Report on horse surra - Volume I
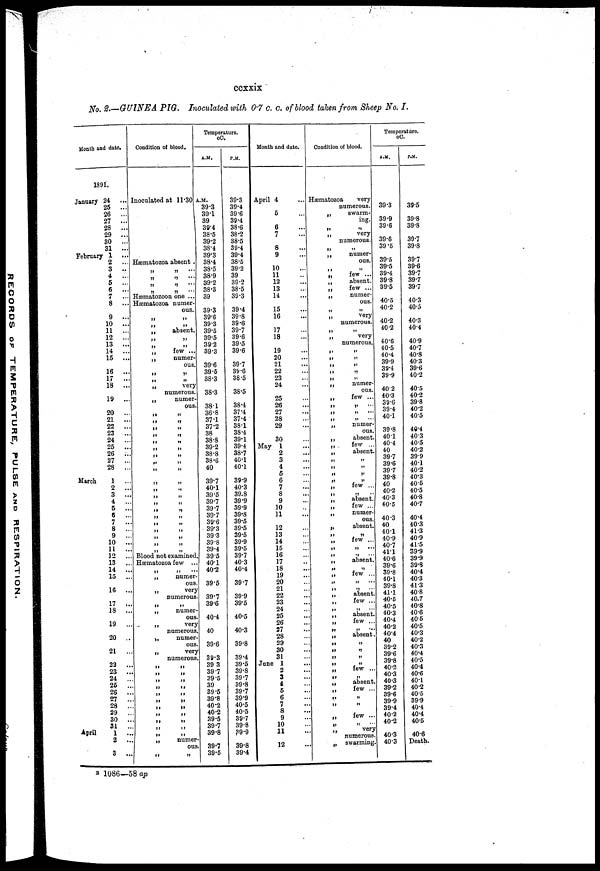
ccxxix
No. 2.—GUINEA PIG. Inoculated with 0.7 c. c. of blood taken from Sheep No. I.
Month and date.
1891.
January 24
25 ...
26
...
27 ...
28
...
29 ...
30
...
31 ...
February 1
2
...
3
..
4
...
5
...
6
...
7
...
8
...
9
...
10 ...
11 ...
12
...
13 ...
14 ...
15 ...
16 ...
17
...
18 ...
19 ...
20
...
21
...
22 ...
23 ...
24
...
25
...
26
...
27 ...
28
...
March
1
2
...
3
...
4
...
5
...
6
...
7
...
8
...
9
...
10 ...
11 ...
12
...
13 ...
14 ...
15
...
16 ...
17 ...
18 ...
19
...
20 ..
21
...
22
...
23 ...
24
...
25
...
26 ...
27
...
28
...
29
..
30
...
31 ...
April
1 ...
2
...
3
...
Condition of blood.
Inoculated at 11.30
Hæmatozoa absent .
„ „ ...
„ „ ...
„ „ ...
„ „ ...
Hæmatozoon one ...
Hæmatozoa numer-
ous.
„ „ ...
„ „ ...
„
absent.
„ „ ...
„ „ ...
„
few ...
„
numer-
ous.
„ „ ...
„ „ ...
„
very
numerous.
„
numer-
ous.
„ „
„ „
„ „
„ „
„ „
„ „
„ „
„ „
„ „
„ „
„ „
„ „
„ „
„ „
„ „
„ „
„ „
„ „
„ „
„ „
„ „
Blood not examined.
Hæmatozoa few ...
„ „ ...
„
numer-
ous.
„
very
numerous.
„ „
„
numer-
ous.
„
very
numerous.
„
numer-
ous.
„
very
numerous.
„ „
„ „
„ „
„ „
„ „
„ „
„ „
„ „
„ „
„ „
„
numer-
ous.
„ „
Temperature.
°C.
A.M.
A.M.
39.3
39.1
39
39.4
38.5
39.2
38.4
39.3
38.4
38.5
38.9
39.2
38.3
39
39.3
39.6
39.3
39.5
39.5
39.2
39.3
39.6
39.5
38.3
38.3
38.1
36.8
37.1
37.2
38
38.8
39.2
38.8
38.6
40
39.7
40.1
39.5
39.7
39.7
39.7
39.6
39.3
39.3
39.8
39.4
39.5
40.1
40.2
39.5
39.7
39.6
40.4
40
39.6
39.3
39 3
39.7
39.5
39
39.5
39.8
40.2
40.2
39.5
39.7
39.8
39.7
39.5
P.M.
39.3
39.4
39.6
39.4
38.6
38.2
38.5
39.4
39.4
38.5
39.2
39
39.2
38.5
39.3
39.4
39.8
39.6
39.7
39.6
39.5
39.6
39.7
39.6
38.5
38.5
38.4
37.4
37.4
38.1
38.4
39.1
39.4
38.7
40.1
40.1
39.9
40.3
39.8
39.9
39.9
39.8
39.5
39.5
39.5
39.9
39.5
39.7
40.3
40.4
39.7
39.9
39.5
40.5
40.3
39.8
39.4
39.5
39.8
39.7
39.8
39.7
39.9
40.5
40.5
39.7
39.8
39.9
39.8
39.4
Month and date.
April 4
5
6
7
8
9
10
11
12
13
14
15
16
17
18
19
20
21
22
23
24
25
26
27
28
29
30
May 1
2
3
4
5
6
7
8
9
10
11
12
13
14
15
16
17
18
19
20
21
22
23
24
25
26
27
28
29
30
31
June 1
2
3
4
5
6
7
8
9
10
11
12
Condition of blood.
Hæmatozoa
very
„
„
„
„
„
„
„
„
„
„
„
„
„
„
„
„
„
„
„
„
„
„
„
„
„
„
„
„
„
„
„
„
„
„
„
„
„
„
„
„
„
„
„
„
„
„
„
„
„
„
„
„
„
„
„
„
„
„
„
„
„
„
„
„
numerous.
swarm-
ing.
„
very
numerous.
„
numer-
ous.
„
few ...
absent.
few ...
numer-
ous.
„
very
numerous.
„
very
numerous.
„
„
„
„
„
numer-
ous.
few ...
„
„ ...
„
numer-
ous.
absent.
few ...
absent.
„
„
„
„
few ...
„
absent.
few ...
numer-
ous.
absent.
„
few ...
„
...
„ ...
absent.
„
few ...
„ ...
„ ...
absent.
few ...
„
absent.
few ...
„ ...
absent.
„
„
„
few ...
„
absent.
few ...
„
„
few ...
„
very
numerous,
swarming.
Temperature.
°C.
A.M.
39.3
39.9
39.6
39.6
39.5
39.5
39.5
39.4
39.8
39.5
40.5
40.2
40.2
40.2
40.6
40.5
40.4
39.9
39.4
39.9
402
40.3
39.6
39.4
40.1
39.8
40 1
40.4
40
39.7
39.6
39.7
39.8
40
40.2
40.3
40.5
40.3
40
40.1
40.9
40.7
41.1
40.6
39.6
39.8
40.1
39.8
41.1
40.6
40.5
40.3
40.4
40.2
40.4
40
39.2
39.6
39.8
40.2
40.3
40.3
39.2
39.6
39.9
39.4
40.2
40.2
40.3
40.3
P.M.
39.5
39.8
39.8
39.7
39.8
39.7
39.6
39.7
39.7
39.7
40.3
40.5
40.3
40.4
40.9
40.7
40.8
40.3
39.6
40.2
40.5
40.2
39.8
40.2
40.5
40.4
40.3
40.5
40.2
39.9
40.1
40.2
40.3
40.5
40.5
40.8
40.7
40.4
40.3
41.3
40.9
41.5
39.9
39.9
39.8
40.4
40.3
41.3
40.8
40.7
40.8
40.6
40.6
40.5
40.3
40.2
40.3
40.4
40.5
40.4
40.6
40.1
40.2
40.5
39.9
40.4
40.4
40.5
40.6
Death.
B 1086—58 ap